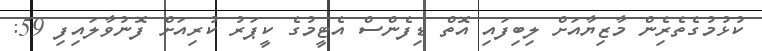
ކުޅުމުގެތެރެިން މާޒިޔާއަށް ލިބިފައި އޮތް ޑިފެންސް އެޓީމުގެ ކީޕަރު ކުރިއަށް ފޮނުވާލައިފި 59: